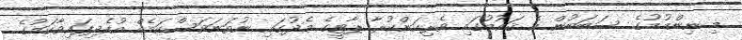
މި ނިންމުމުގެ ސަބަބުން އެ ޤައުމުގައި ވެރިކަންކުރާ ޕާޓީގެ މެދުގައި ނުތަނަވަސްކަމެއް އުފެދިފައިވާކަމުގެ